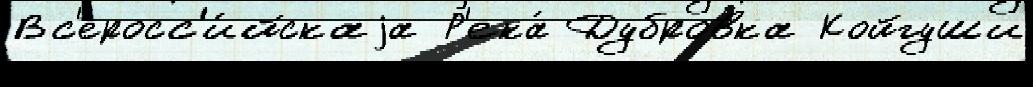
Вс'еросс'и́йскаjа Р'ека́ Дубровка Койгуши